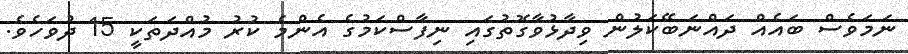
ނަމަވެސް ބައެއް ދައްނަބޭކަލުން ވިދާޅުވާގޮތުގައި ނިފާސްކަމުގެ އެންމެ ކުރު މުއްދަތަކީ 15 ދުވަހެވެ.